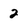
Character: 2